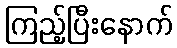
ကြည့်ပြီးနောက်